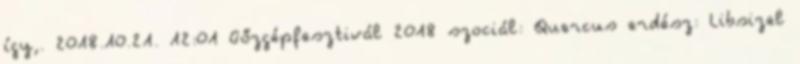
így,. 2018.10.21. 12:01 Gőzgépfesztivál 2018 szociál: Quercus erdész: Libsizel